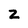
Character: Z